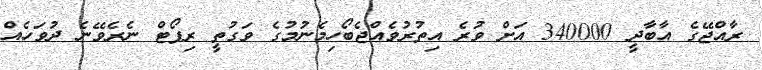
ރާއްޖޭގެ އާބާދީ 340000 އަށް ވުރެ އިތުރުވެއްޖެބޯހިމެނުމުގެ ވަގުތީ ރިޕޯޓް ނެރެވޭނެ ދުވަހެއް